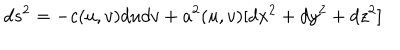
LaTeX: d s ^ { 2 } = - c ( u , v ) d u d v + a ^ { 2 } ( u , v ) [ d x ^ { 2 } + d y ^ { 2 } + d z ^ { 2 } ]